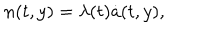
LaTeX: n ( t , y ) = \lambda ( t ) \dot { a } ( t , y ) ,